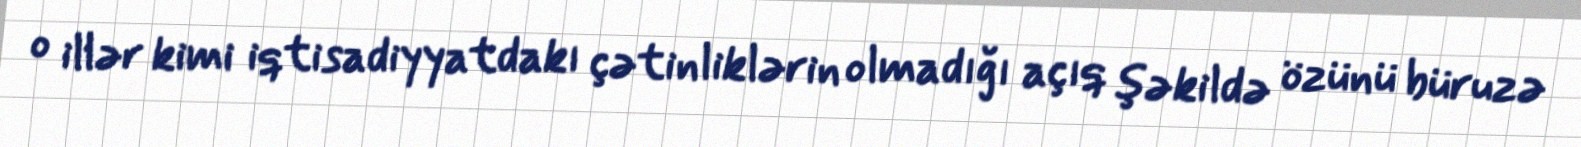
o illər kimi iqtisadiyyatdakı çətinliklərin olmadığı açıq şəkildə özünü büruzə